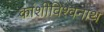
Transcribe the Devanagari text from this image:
कांशीविश्वनाथ